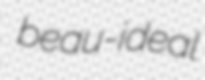
beau-ideal